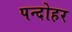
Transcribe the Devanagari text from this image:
पन्दोहर